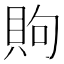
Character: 䝭